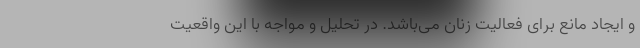
و ایجاد مانع برای فعالیت زنان می‌باشد. در تحلیل و مواجه با این واقعیت